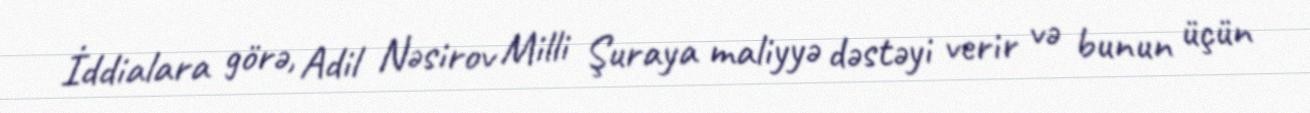
İddialara görə, Adil Nəsirov Milli Şuraya maliyyə dəstəyi verir və bunun üçün